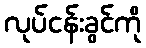
လုပ်ငန်းခွင်ကို